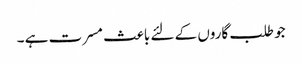
جو طلب گاروں کے لئے باعث مسرت ہے ۔